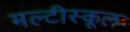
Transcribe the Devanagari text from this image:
मल्टीस्कूल